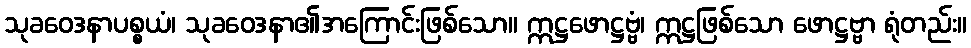
သုခဝေဒနာပစ္စယံ၊ သုခဝေဒနာ၏အကြောင်းဖြစ်သော။ ဣဋ္ဌဖောဋ္ဌဗ္ဗံ၊ ဣဋ္ဌဖြစ်သော ဖောဋ္ဌဗ္ဗာ ရုံတည်း။